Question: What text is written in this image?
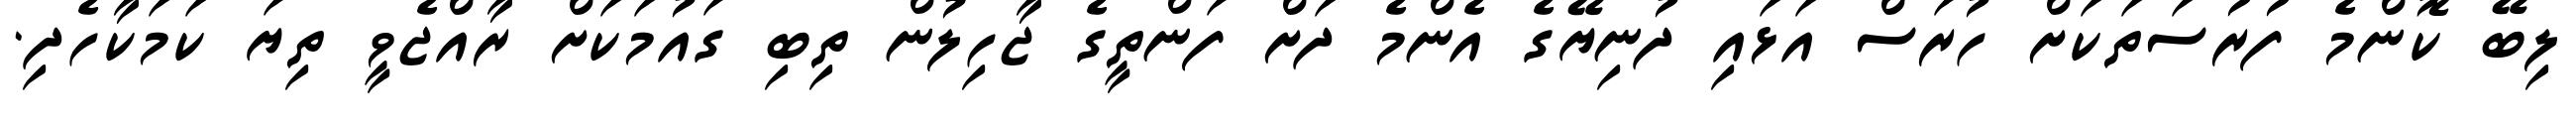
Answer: ލިބޭ ކޮންމެ ފުރުސަތަކަށް ހުރަސް އަޅައި ދުނިޔޭގެ އެންމެ ދަށް ފަންތީގެ ޖާހިލުން ތިބި ގައުމަކަށް ރާއްޖެވީ ތިޔަ ކަމަކާހެދި.